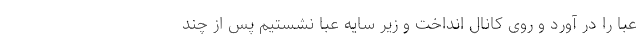
عبا را در آورد و روی کانال انداخت و زیر سایه عبا نشستیم پس از چند